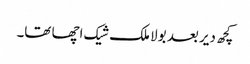
کچھ دیر بعد بولا ملک شیک اچھا تھا۔